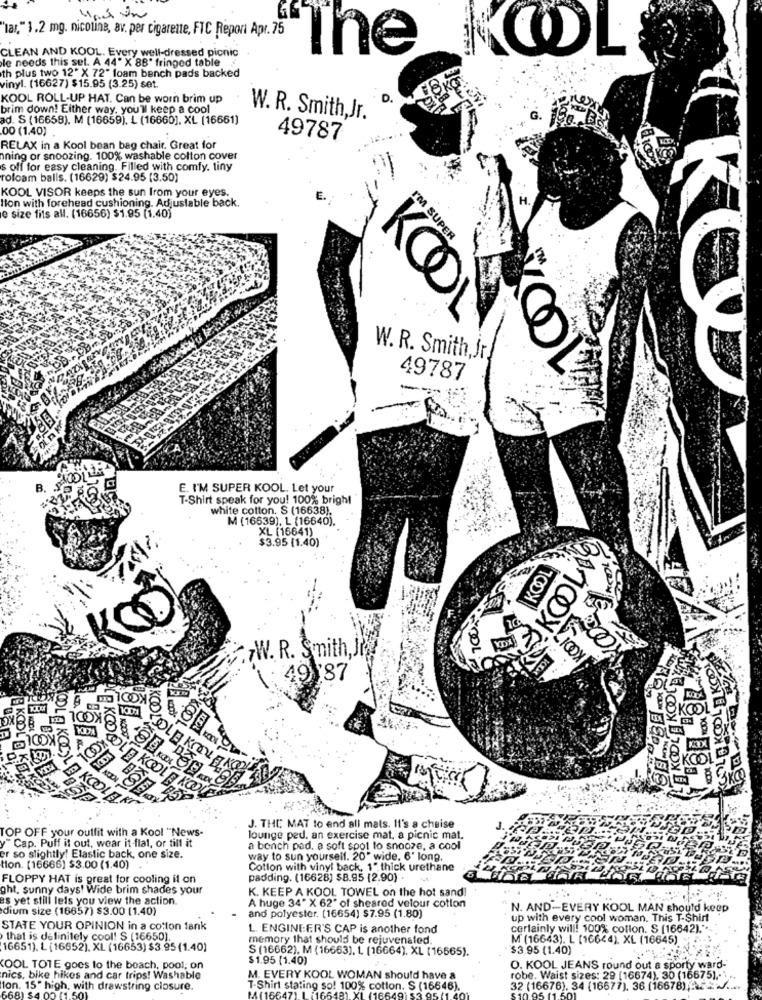
lar," 1.2 mg. nicotine, av. per cigarette, FTC Report Apr. 75
The
OL
CLEAN AND KOOL. Every well-dressed picnic
le needs this sel. A 44" X 88" fringed table
th plus two 12" X 72" foam bench pads backed
inyl. (16627) $15.95 (3.25) set
18
KOOL ROLL-UP HAT. Can be worn brim up
D.
brim down! Either way, you'll keep a cool
d. S (16658). M (16659). L (16660]. XL (16661)
W. R. Smith Jr.
00 (1.40)
49787
RELAX in a Kool bean bag chair. Great for
aning or snoozing. 100% washable colton cover
s off for easy cleaning. Filled with comfy. tiny
rofoam balls. (16629) $24.95 (3.50)
Hon with forehead cushioning. Adjustable back.
COOL VISOR keeps the sun from your eyes.
H.
e size fits all. (16656) $1.95 (1.40)
I'M SUPER
KOOL
W. R. Smith,Jr.
49787
KOOL
B
E. I'M SUPER KOOL. Let your
T-Shirt speak for you! 100% bright
white cotton. S (16638).
M (16639), L (16640).
XL (16641)
$3.95 (1.40)
A&KOOLA
DL
.7W. R. Smith, Jr
L'E KODLE KOOLEY
: 49187
KOOL
ODLE
BKCO
Km
J. THE MAT to end all mats. It's a chaise
TOP OFF your outfit with a Kool "News-
lounge ped, an exercise mat, a picnic mat.
y" Cap. Puff it out, wear it-flat, or till it
a bench pad, a soft spot to snooze, a cool
er so slightly! Elastic back, one size.
way to sun yourself. 20" wide, 6' long.
tion. [16666) $3.00 (1.40)
Cotton with vinyl back, 1" thick urethane
FLOPPY HAT is great for cooling it on
padding. (16628) $8.95 (2.90) .
ght. sunny days' Wide brim shades your
K. KEEP A KOOL TOWEL on the hot sand!
es yet still lets you view the action.
dium size (16657) $3.00 (1.40)
A huge 34" X 62" of sheared velour cotton
and polyester. (16654) $7.95 (1.80)
N. AND-EVERY KOOL MAN should keep
up with every cool woman. This T-Shirt
STATE YOUR OPINION in a cotton fank
L. ENGINEER'S CAP is another fond
certainly will! 100% collon. S [16642)."
that is definitely cool! S (16650).
memory that should be rejuvenated.
M (16643). L (16644). XL (16645)
16651). L (16652), XL (16653) $3.95 (1.40)
S (16662). M (16663), L. (16664), XL (16665).
$3.95 (1.40)
$1.95 (1.40)
COOL TOTE goes to the beach, pool; on
O. KOOL JEANS round out a sporty ward-
nics, bike hikes and car trips! Washable
M. EVERY KOOL WOMAN should have a
robe. Waist sizes: 29 [16674). 30 (16675) ,-. ..
ton. 15" high, with drawstring closure.
T-Shirt stating so! 100% cotton. S (16646).
32 (16676). 34 (16677). 36 (16678) ....